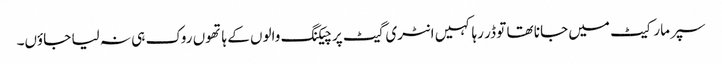
سپر مارکیٹ میں جانا تھا تو ڈر رہا کہیں انٹری گیٹ پر چیکنگ والوں کے ہاتھوں روک ہی نہ لیا جاؤں۔